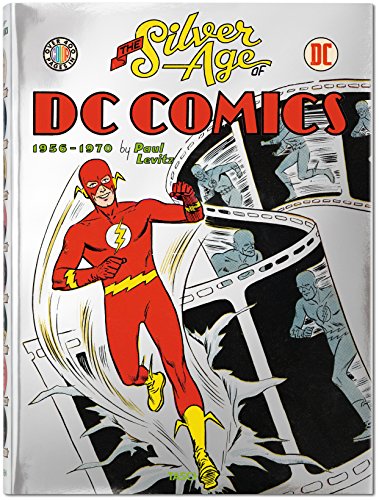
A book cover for The Silver Age of DC Comics; Paul Levitz; Comics & Graphic Novels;